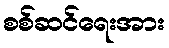
စစ်ဆင်ရေးအား